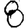
Digit: 8